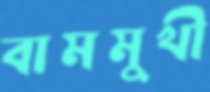
বামমুখী